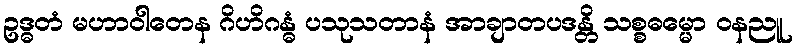
ဥဒ္ဓတံ မဟာဝါတေန ဂိဟိဂန္ဓံ ပသုသတာနံ အာချာတပဒန္တိ သစ္စဓမ္မော ဝနညူ